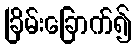
ခြိမ်းခြောက်၍